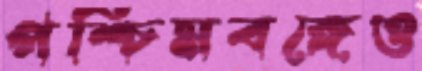
পশ্চিমবঙ্গেও